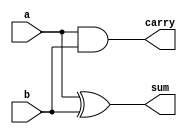
module half_adder_data(a,b,sum,carry);
input a,b;
output sum,carry;
assign sum=a ^ b;
assign carry= a & b;
endmodule